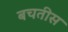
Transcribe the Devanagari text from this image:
बचतीस